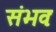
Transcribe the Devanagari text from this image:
संभवः